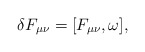
\begin{align*}\delta F_{\mu\nu}=[ F_{\mu\nu},\omega],\end{align*}